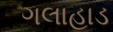
ગલાહાડ